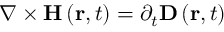
\nabla \times \mathbf { H } \left( \mathbf { r } , t \right) = \partial _ { t } \mathbf { D } \left( \mathbf { r } , t \right)